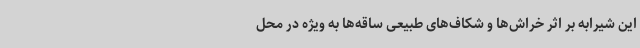
این شیرابه بر اثر خراش‌ها و شکاف‌های طبیعی ساقه‌ها به ویژه در محل